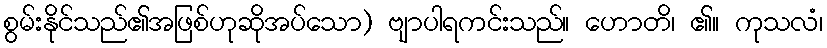
စွမ်းနိုင်သည်၏အဖြစ်ဟုဆိုအပ်သော) ဗျာပါရကင်းသည်။ ဟောတိ၊ ၏။ ကုသလံ၊